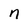
Character: n